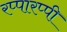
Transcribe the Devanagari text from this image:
रप्पारप्पी